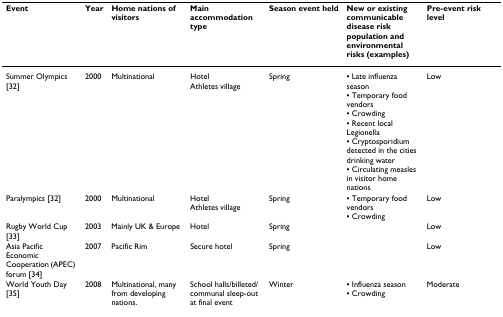
<table><thead><tr><td><b>Event</b></td><td><b>Year</b></td><td><b>Home nations of visitors</b></td><td><b>Main accommodation type</b></td><td><b>Season event held</b></td><td><b>New or existing communicable disease risk population and environmental risks (examples)</b></td><td><b>Pre-event risk level</b></td></tr></thead><tbody><tr><td>Summer Olympics [32]</td><td>2000</td><td>Multinational</td><td>HotelAthletes village</td><td>Spring</td><td>▪ Late influenza season▪ Temporary food vendors▪ Crowding▪ Recent local Legionella▪ Cryptosporidium detected in the cities drinking water▪ Circulating measles in visitor home nations</td><td>Low</td></tr><tr><td>Paralympics [32]</td><td>2000</td><td>Multinational</td><td>HotelAthletes village</td><td>Spring</td><td>▪ Temporary food vendors▪ Crowding</td><td>Low</td></tr><tr><td>Rugby World Cup [33]</td><td>2003</td><td>Mainly UK &amp; Europe</td><td>Hotel</td><td>Spring</td><td></td><td>Low</td></tr><tr><td>Asia Pacific Economic Cooperation (APEC) forum [34]</td><td>2007</td><td>Pacific Rim</td><td>Secure hotel</td><td>Spring</td><td></td><td>Low</td></tr><tr><td>World Youth Day [35]</td><td>2008</td><td>Multinational, many from developing nations.</td><td>School halls/billeted/communal sleep-out at final event</td><td>Winter</td><td>▪ Influenza season▪ Crowding</td><td>Moderate</td></tr></tbody></table>